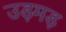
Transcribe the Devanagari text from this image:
उड़मड़